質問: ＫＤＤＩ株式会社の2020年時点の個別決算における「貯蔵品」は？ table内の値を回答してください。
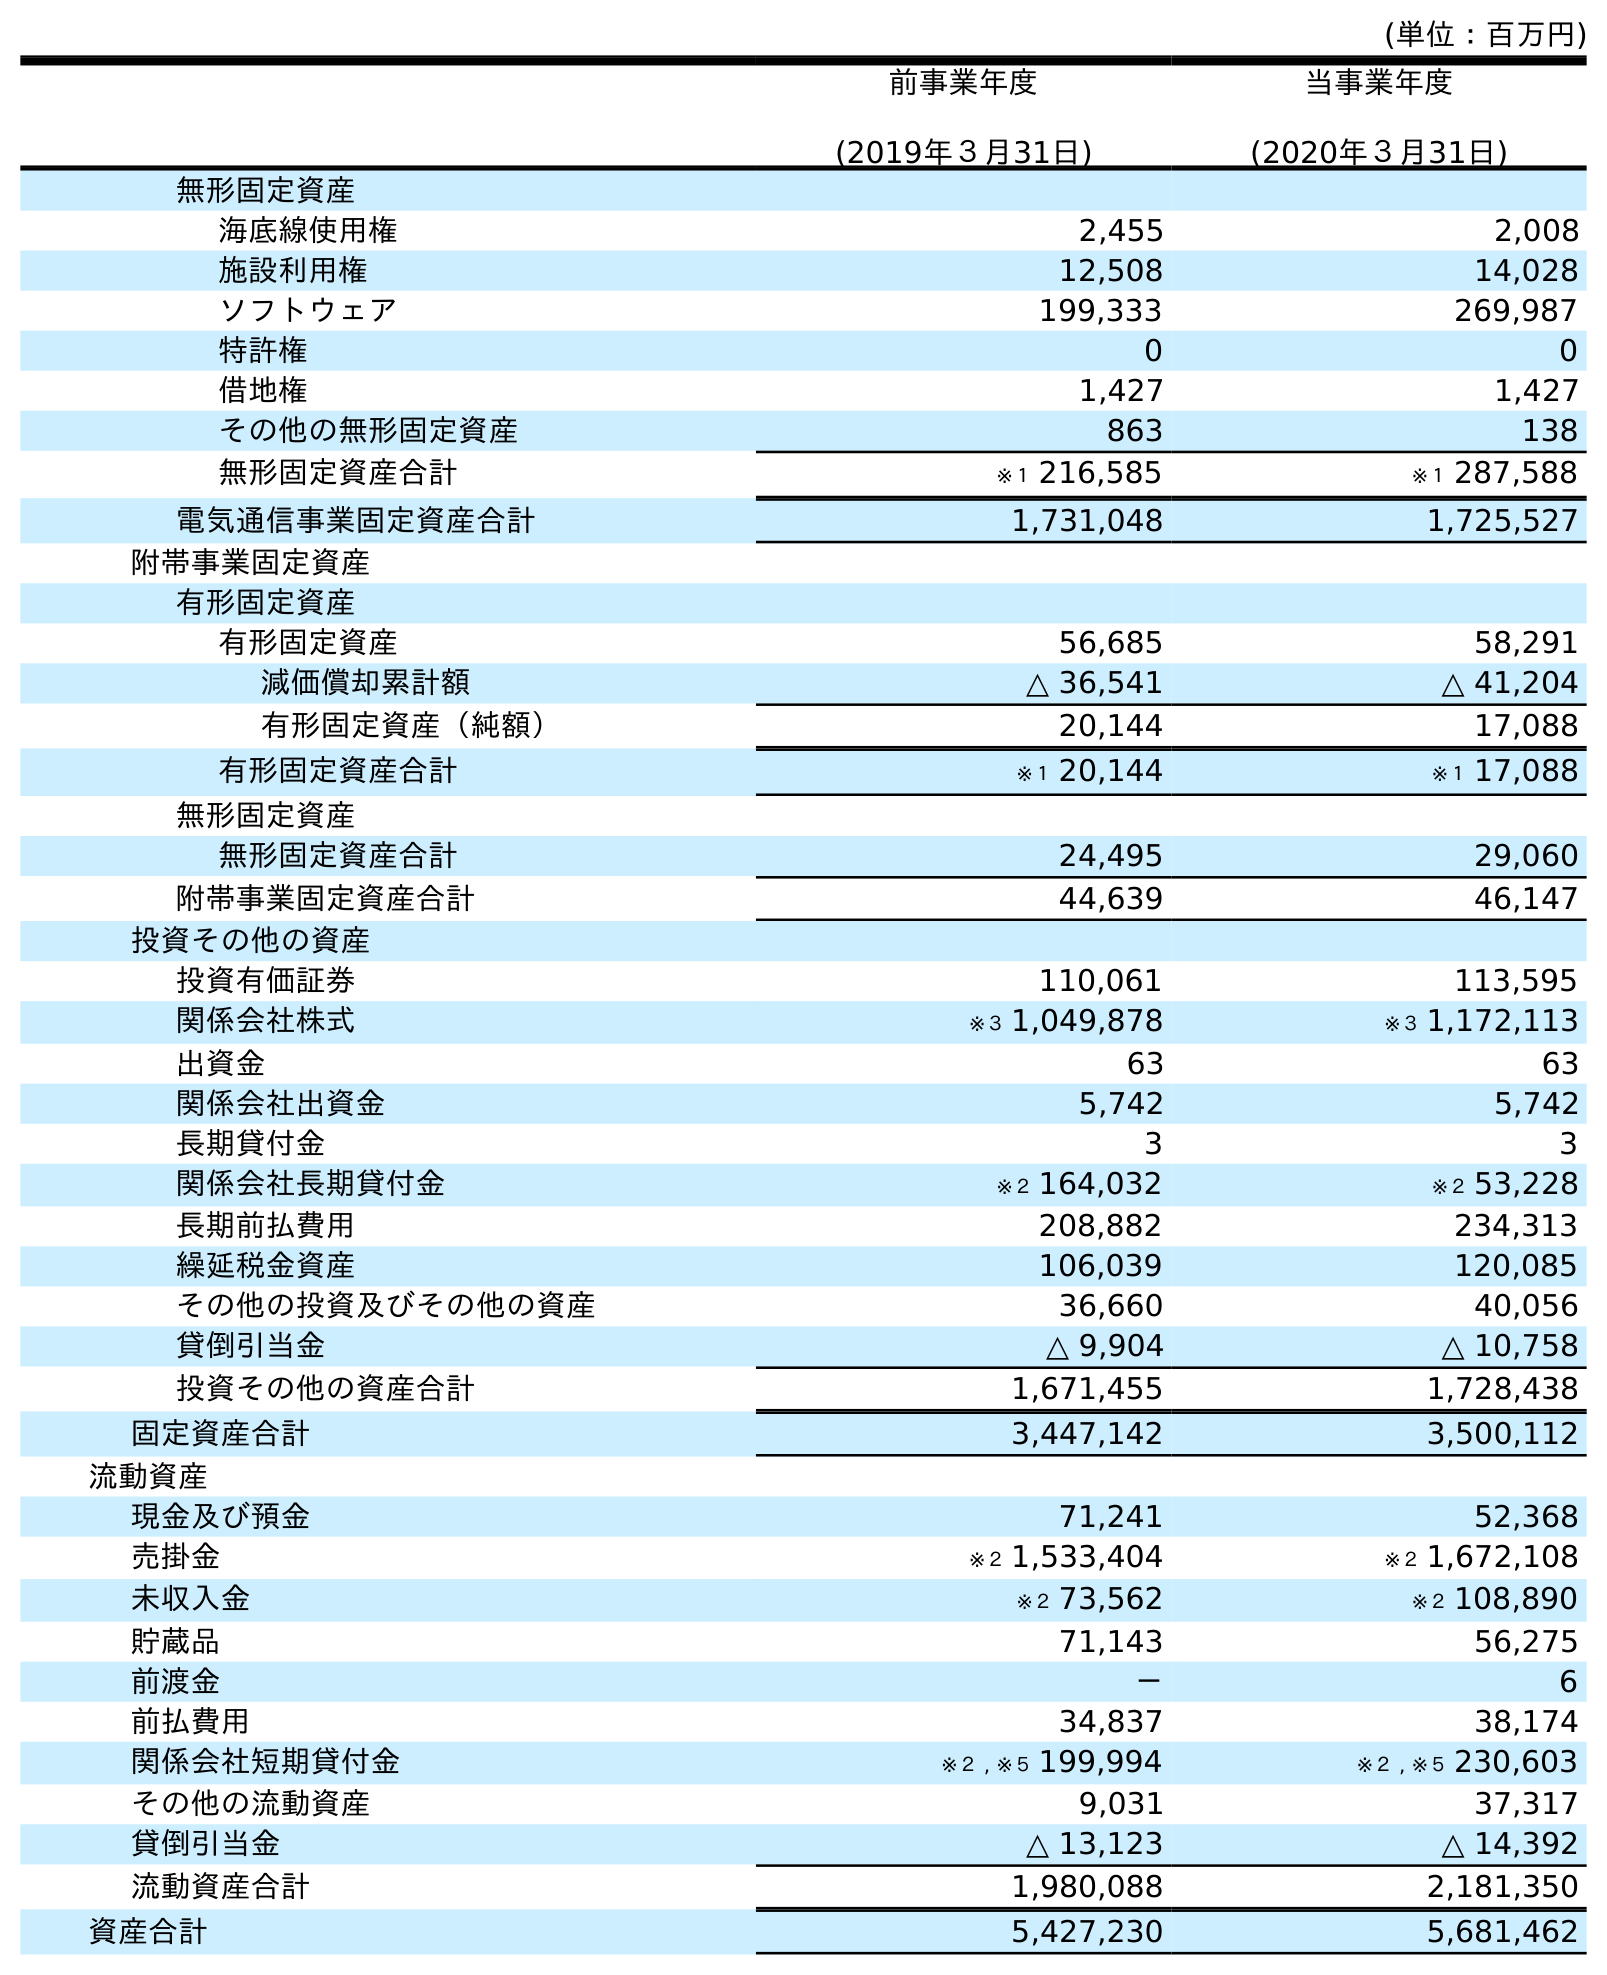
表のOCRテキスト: (単位：百万円) 前事業年度 (2019年３月31日) 当事業年度 (2020年３月31日) 無形固定資産 海底線使用権 2,455 2,008 施設利用権 12,508 14,028 ソフトウェア 199,333 269,987 特許権 0 0 借地権 1,427 1,427 その他の無形固定資産 863 138 無形固定資産合計 ※１ 216,585 ※１ 287,588 電気通信事業固定資産合計 1,731,048 1,725,527 附帯事業固定資産 有形固定資産 有形固定資産 56,685 58,291 減価償却累計額 △ 36,541 △ 41,204 有形固定資産（純額） 20,144 17,088 有形固定資産合計 ※１ 20,144 ※１ 17,088 無形固定資産 無形固定資産合計 24,495 29,060 附帯事業固定資産合計 44,639 46,147 投資その他の資産 投資有価証券 110,061 113,595 関係会社株式 ※３ 1,049,878 ※３ 1,172,113 出資金 63 63 関係会社出資金 5,742 5,742 長期貸付金 3 3 関係会社長期貸付金 ※２ 164,032 ※２ 53,228 長期前払費用 208,882 234,313 繰延税金資産 106,039 120,085 その他の投資及びその他の資産 36,660 40,056 貸倒引当金 △ 9,904 △ 10,758 投資その他の資産合計 1,671,455 1,728,438 固定資産合計 3,447,142 3,500,112 流動資産 現金及び預金 71,241 52,368 売掛金 ※２ 1,533,404 ※２ 1,672,108 未収入金 ※２ 73,562 ※２ 108,890 貯蔵品 71,143 56,275 前渡金 － 6 前払費用 34,837 38,174 関係会社短期貸付金 ※２ , ※５ 199,994 ※２ , ※５ 230,603 その他の流動資産 9,031 37,317 貸倒引当金 △ 13,123 △ 14,392 流動資産合計 1,980,088 2,181,350 資産合計 5,427,230 5,681,462
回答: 56,275